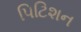
પિટિશન